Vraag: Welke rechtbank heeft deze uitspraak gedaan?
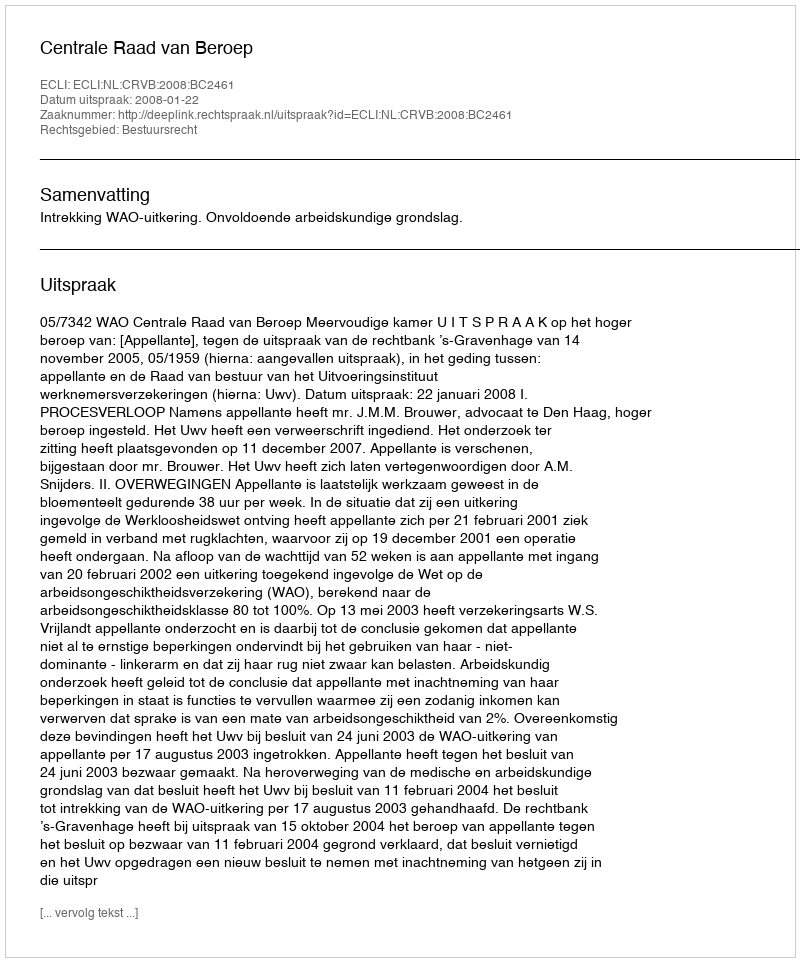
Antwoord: Centrale Raad van Beroep